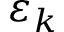
\varepsilon _ { k }